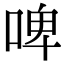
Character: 啤